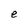
Character: e